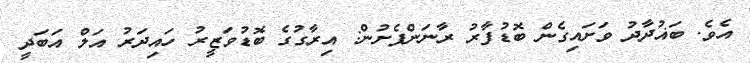
އެވެ. ބަޣުދާދު ވަށައިގެން ބޮޑުފާރު ރާނަންފެށުން: އިރާގުގެ ބޮޑުވަޒީރު ހައިދަރު އަލް އަބަދީ